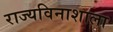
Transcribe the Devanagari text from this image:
राज्यविनाशाला